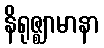
နိရုဇ္ဈာမာနာ